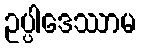
ဥပ္ပါဒေဿာမ